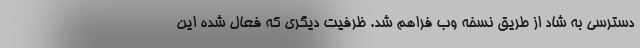
دسترسی به شاد از طریق نسخه وب فراهم شد. ظرفیت دیگری که فعال شده این